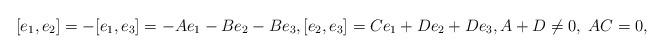
LaTeX: \begin{align*} [e_1, e_2]=-[e_1,e_3]=-A e_1 - B e_2-B e_3, [e_2,e_3]=C e_1 +D e_2+D e_3, A+D\neq 0, \; AC =0,\end{align*}